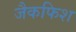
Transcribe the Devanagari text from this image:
जैकफिश